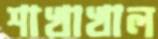
শাখাখাল